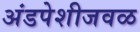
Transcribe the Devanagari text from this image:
अंडपेशीजवळ